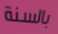
بالسنة